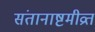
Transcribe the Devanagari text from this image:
संतानाष्टमीव्रत